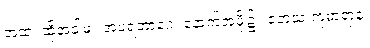
အထ၊ ထိုအခါမှ။ အပရဘာဂေ၊ နောက်အဖို့၌။ တေသံ ကုမာရာနံ၊